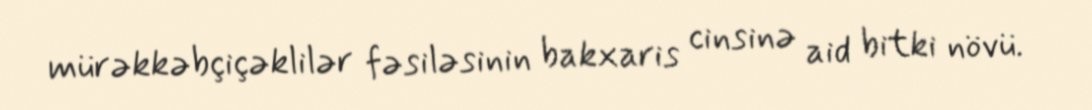
mürəkkəbçiçəklilər fəsiləsinin bakxaris cinsinə aid bitki növü.